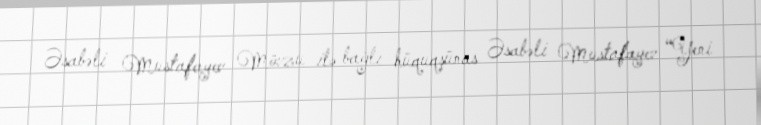
Əsabəli Mustafayev Mövzu ilə bağlı hüquqşünas Əsabəli Mustafayev “Yeni